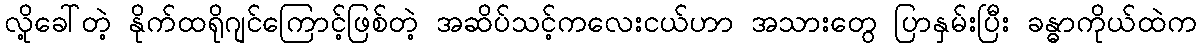
လို့ခေါ်တဲ့ နိုက်ထရိုဂျင်ကြောင့်ဖြစ်တဲ့ အဆိပ်သင့်ကလေးငယ်ဟာ အသားတွေ ပြာနှမ်းပြီး ခန္ဓာကိုယ်ထဲက